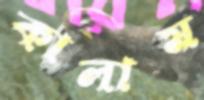
কালাম